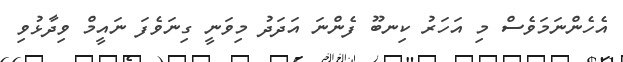
އެހެންނަމަވެސް މި އަހަރު ކިނބޫ ފެންނަ އަދަދު މިވަނީ ގިނަވެފަ ނައީމް ވިދާޅުވި